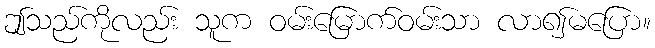
ဤသည်ကိုလည်း သူက ဝမ်းမြောက်ဝမ်းသာ လာ၍မပြော။